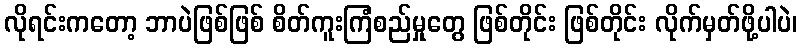
လိုရင်းကတော့ ဘာပဲဖြစ်ဖြစ် စိတ်ကူးကြံစည်မှုတွေ ဖြစ်တိုင်း ဖြစ်တိုင်း လိုက်မှတ်ဖို့ပါပဲ၊